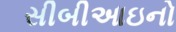
સીબીઆઇનો